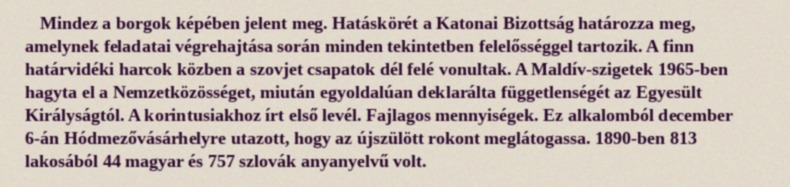
Mindez a borgok képében jelent meg. Hatáskörét a Katonai Bizottság határozza meg, amelynek feladatai végrehajtása során minden tekintetben felelősséggel tartozik. A finn határvidéki harcok közben a szovjet csapatok dél felé vonultak. A Maldív-szigetek 1965-ben hagyta el a Nemzetközösséget, miután egyoldalúan deklarálta függetlenségét az Egyesült Királyságtól. A korintusiakhoz írt első levél. Fajlagos mennyiségek. Ez alkalomból december 6-án Hódmezővásárhelyre utazott, hogy az újszülött rokont meglátogassa. 1890-ben 813 lakosából 44 magyar és 757 szlovák anyanyelvű volt.